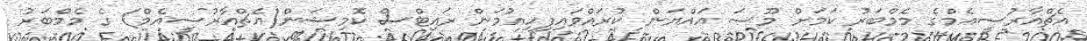
އެޗްއާރުސީއެމްގެ މެމްބަރު ކަމަށް މޫސަ އައްޔަން ކުރައްވައިފިހިއުމަން ރައިޓްސް ކޮމިޝަން(އެޗްއާރުސީއެމް) ގެ މެމްބަރު